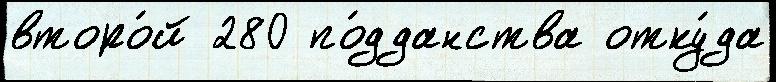
второ́й 280 по́дданства отку́да